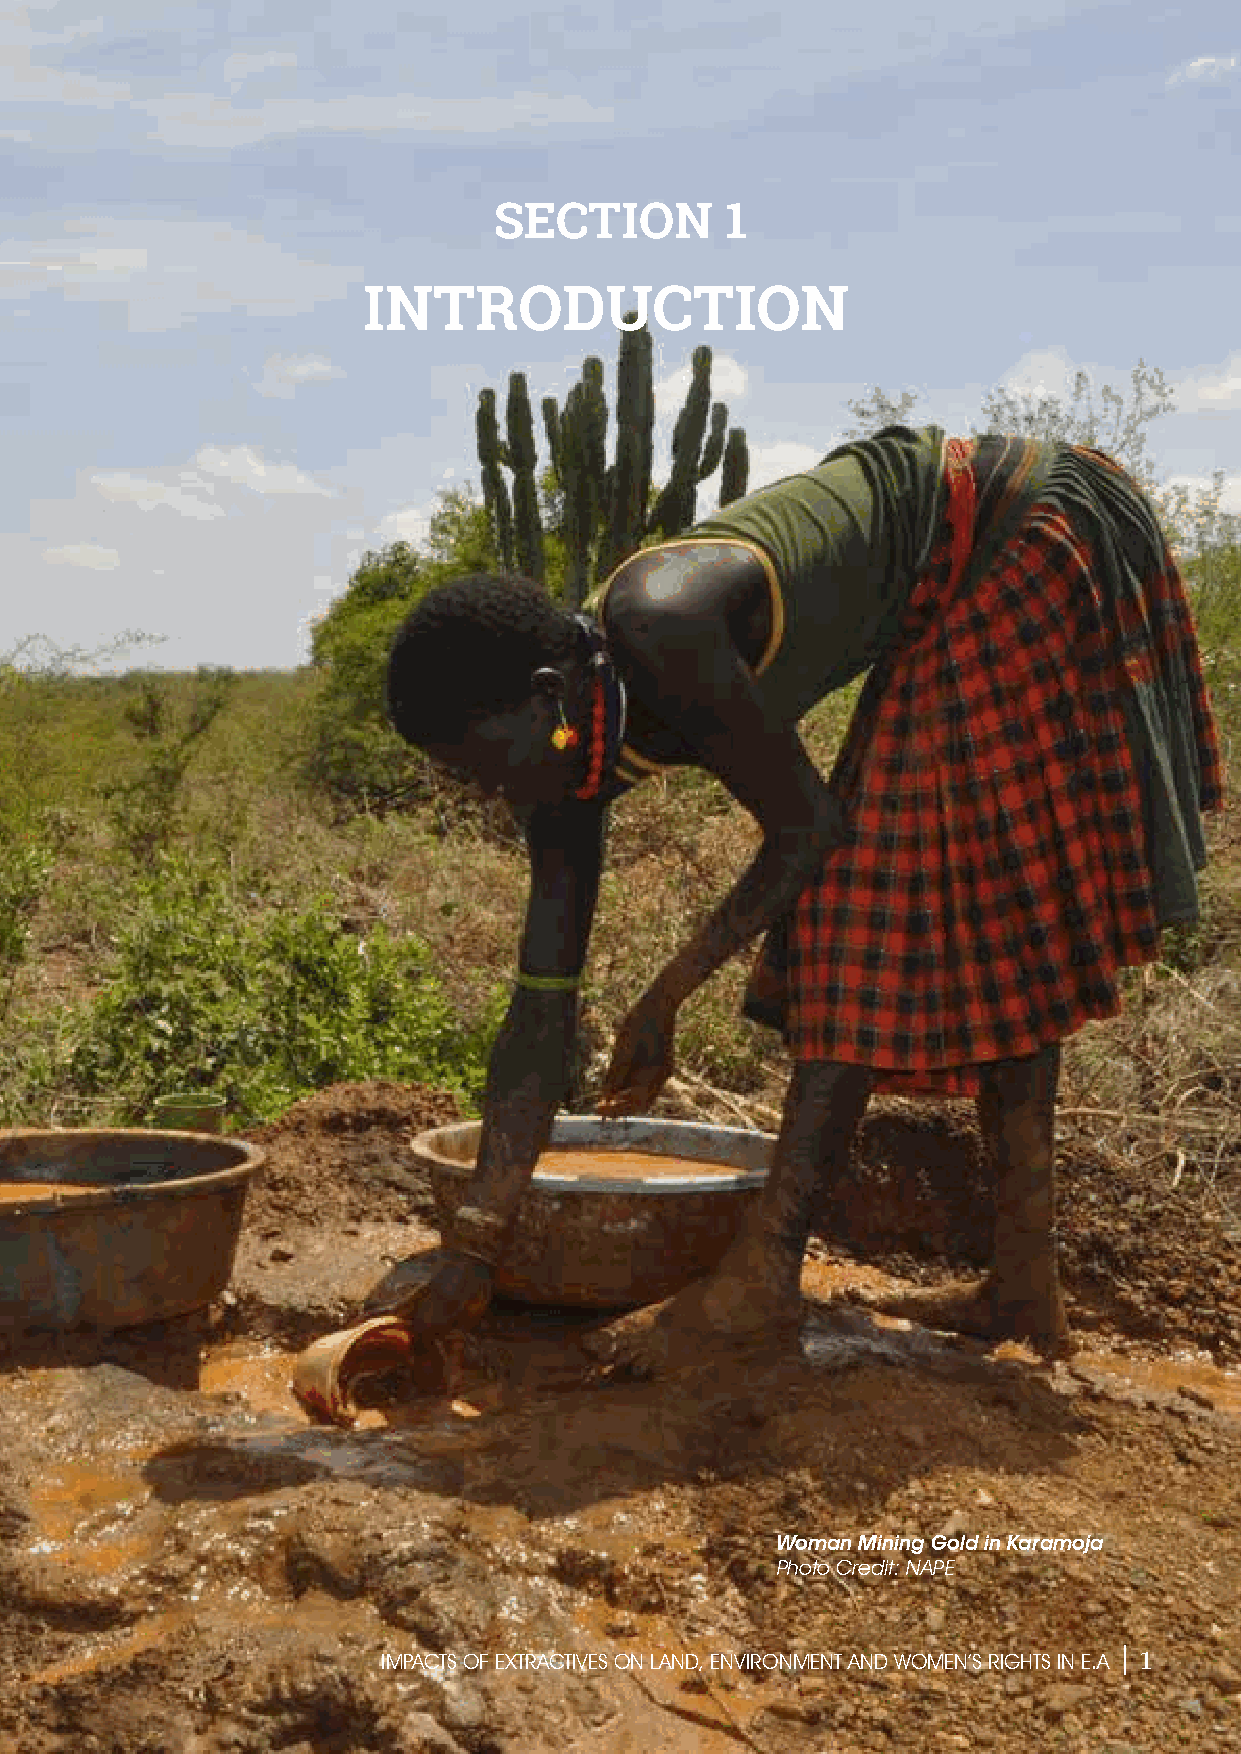
SECTION        1
 INTRODUCTION
 S
 P
 E
 C
 I
 E
 M
 E
 N
 Woman Mining Gold in Karamoja
 Photo Credit: NAPE
 1
 IMPACTS OF EXTRACTIVES ON LAND, ENVIRONMENT AND WOMEN’S RIGHTS IN E.A